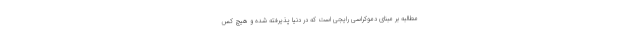
مطالبه بر مبنای دموکراسی رایجی است که در دنیا پذیرفته شده و هیچ کس